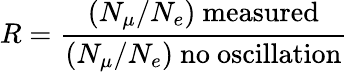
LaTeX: R={\frac{(N_{\mu}/N_{e})\mathrm{~measured}}{(N_{\mu}/N_{e})\mathrm{~no~oscillation}}}